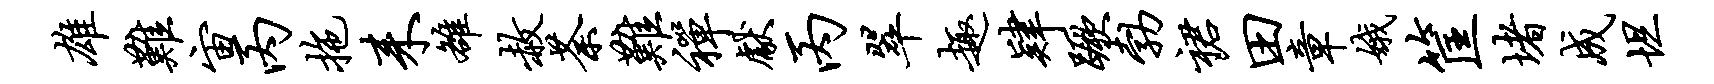
雄难宙丙拖耒雒赦荼难禅献丙翠趣肄蹶勃裙田章娥筐堵成坦